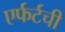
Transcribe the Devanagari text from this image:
एर्फर्टची